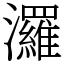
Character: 𤄷